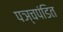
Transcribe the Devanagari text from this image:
पञ्चपंडित